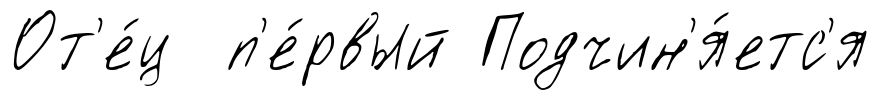
От'е́ц п'е́рвый Подчин'я́етс'я